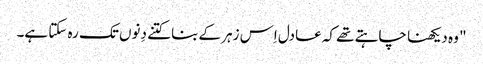
" وہ دیکھنا چاہتے تھے کہ عادل اِس زہر کے بنا کتنے دِنوں تک رہ سکتا ہے۔